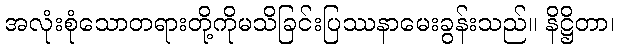
အလုံးစုံသောတရားတို့ကိုမသိခြင်းပြဿနာမေးခွန်းသည်။ နိဋ္ဌိတာ၊